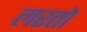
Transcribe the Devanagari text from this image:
लरतो